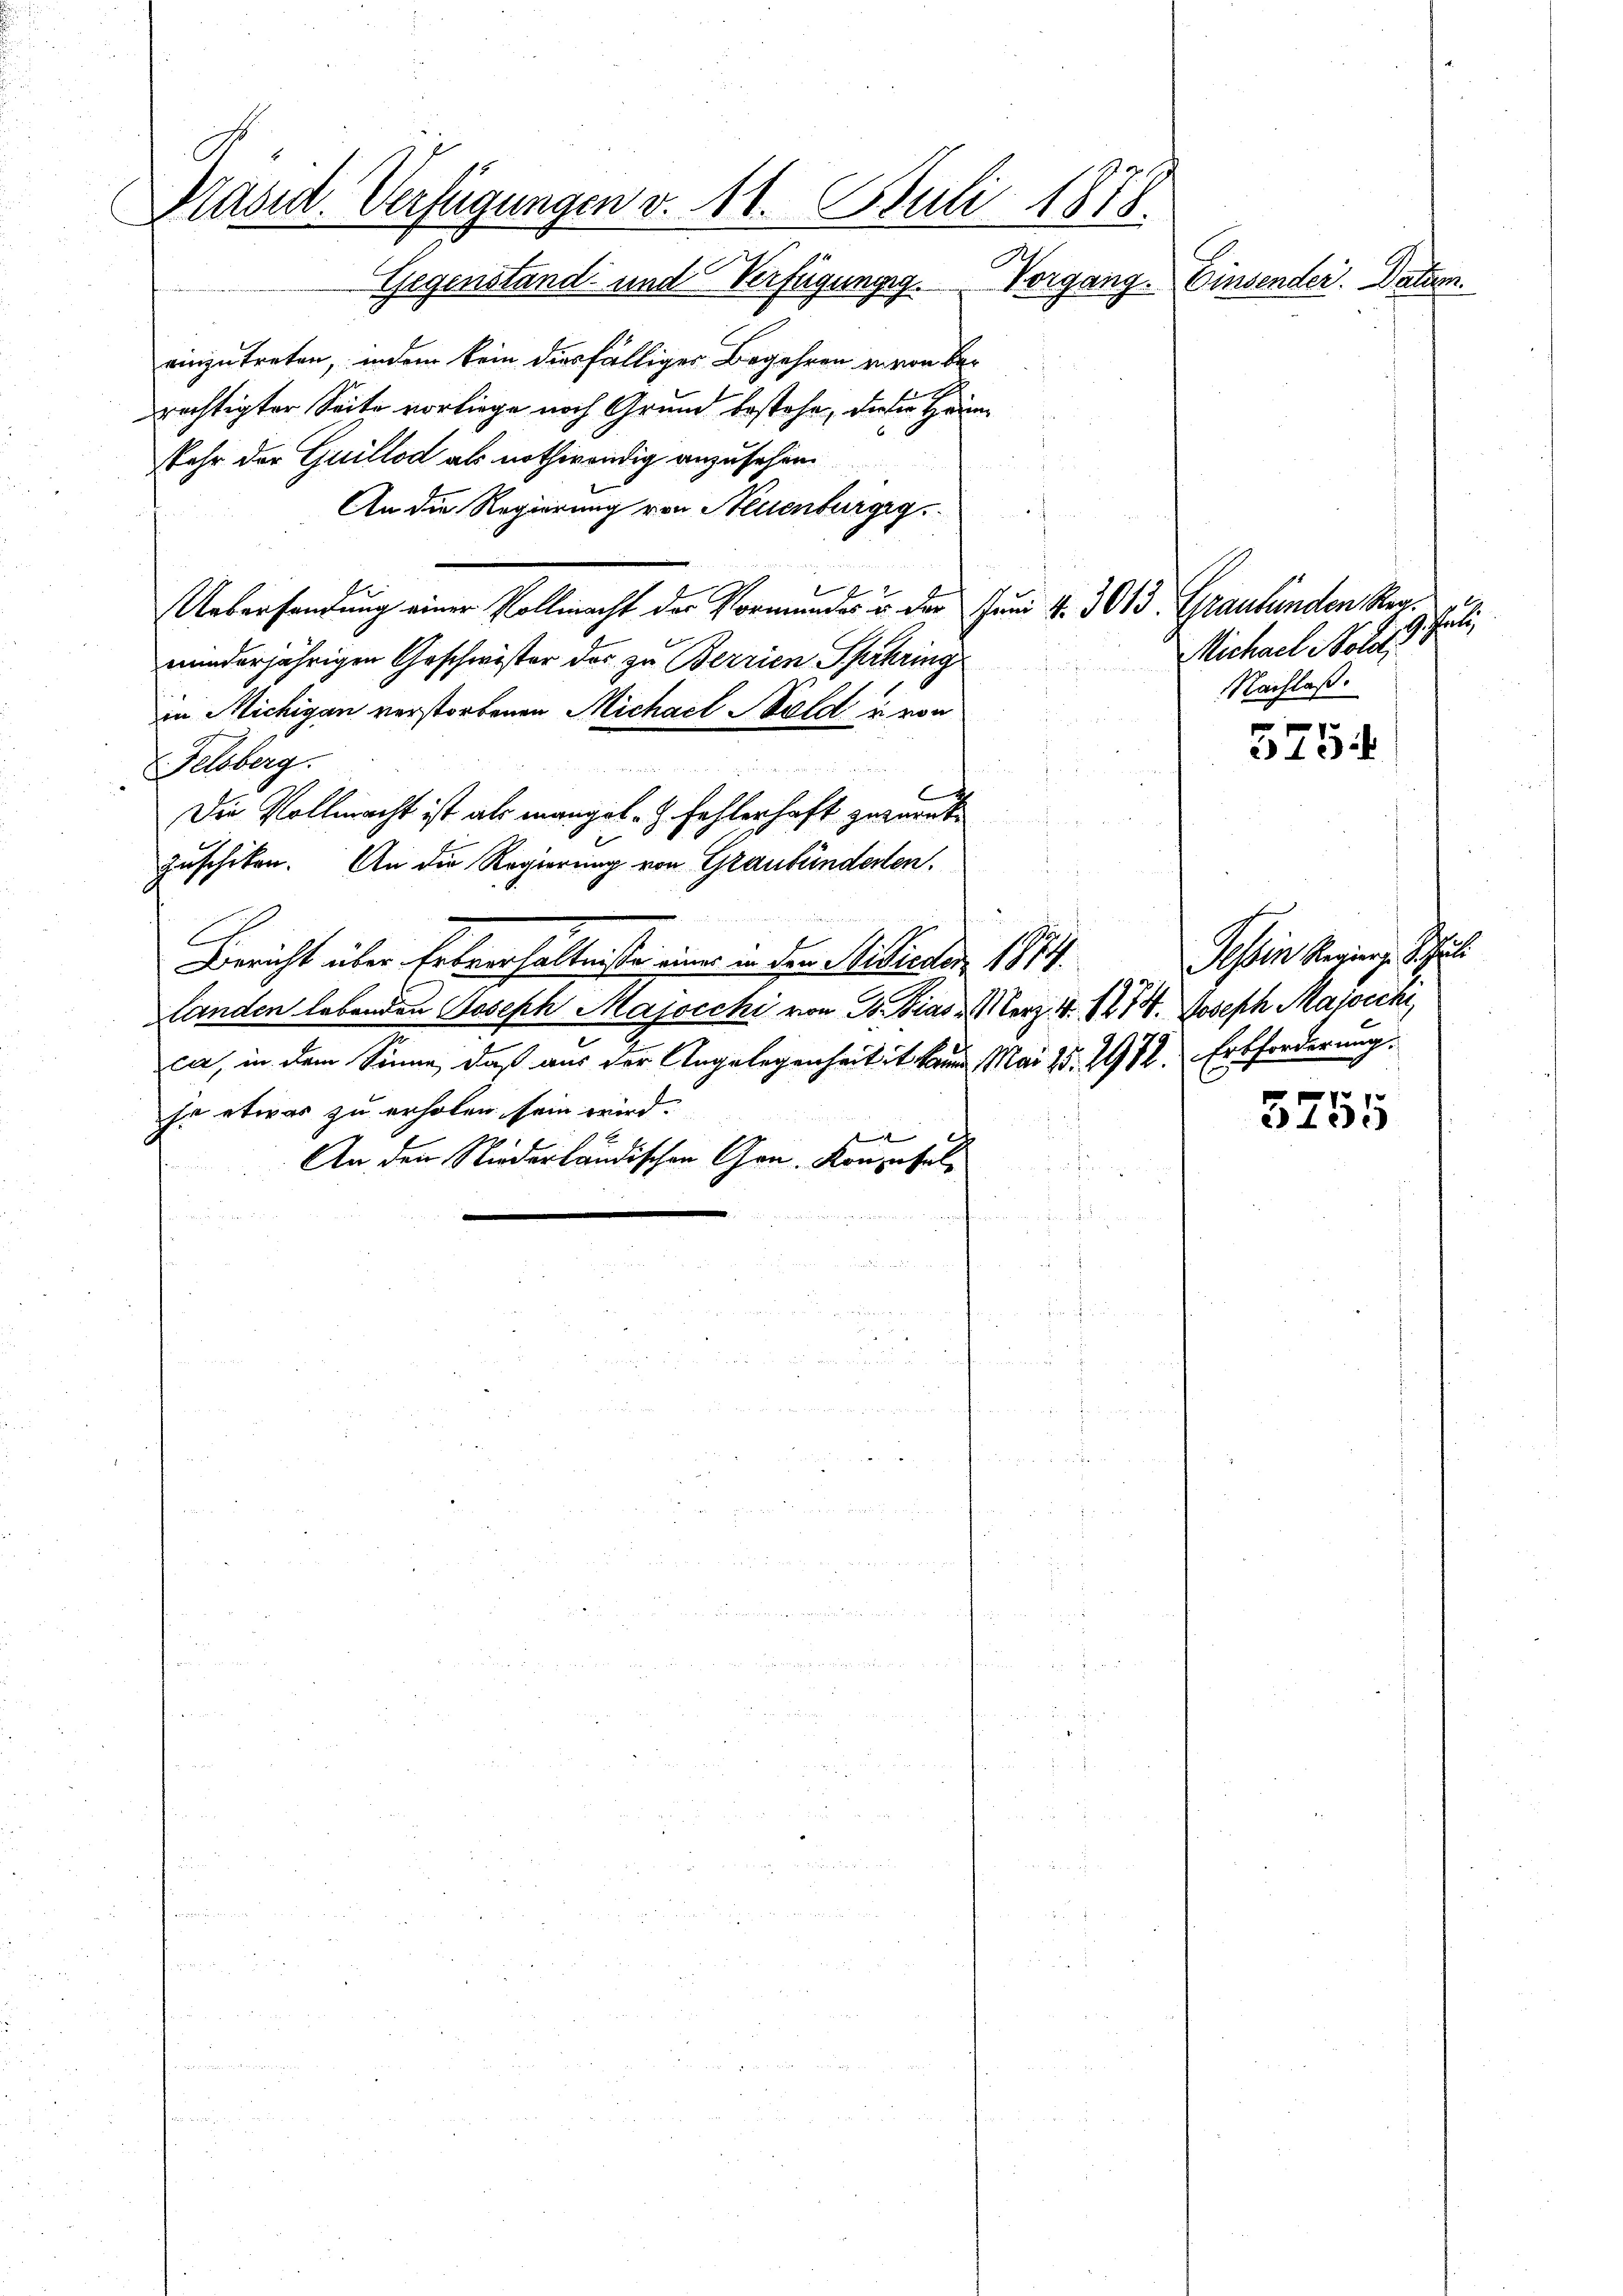
Präsid. Verfügungen v. 11. Juli 1878.
Vorgang. Einsender. Datum.
Gegenstand und Verfügungsg

einzutreten, indem kein diesfälliger Begehren u. von be¬
A
rechtigter Seite vorliege noch Grund bestehe, dieser Häumkehr der Guillod als nothwendig anzusehen.
An die Regierung von Neuenburgeg
2
Uebersendung einer Vollmacht der Vormundes u. der Juni d. 3013. Graubünden Reaminderjährigen Geschwister das zu Berrien Sprhring
in Michigan verstorbenen Michael Bald u. von
u
Felsberg.

d
Die Vollmacht ist als mangel. H. Fehlerhaft zuwarnte
zuschiken. An die Regierung von Graubünderten.
l
Bericht über Erbverhältnisse einer in den Stibieden 1874.
landen lebenden Joseph Majocchi von N. Bias Merz 4. 1214. Joseph Majocchi,
c
ca, in dem Sinne, daß aus der Angelegenheit ist kaum Mai 15. 298. Erbforderung.
jo etwas zu erholen sein wird.
e
An den Niederländischen Gen. Konzesalraf
u

hunte
Michael Molit.
Nachlaß.

5754

Tessin Regier. Schul

3755